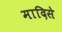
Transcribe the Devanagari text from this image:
मादिसे